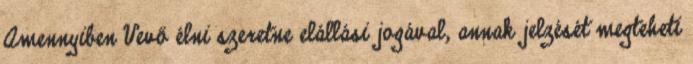
Amennyiben Vevő élni szeretne elállási jogával, annak jelzését megteheti